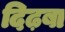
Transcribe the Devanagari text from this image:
दिढ़बा